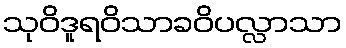
သုဝိဒူရဝိသာခဝိပလ္လာသာ